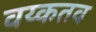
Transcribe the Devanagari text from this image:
वय्कतव